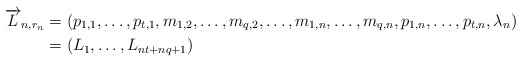
\begin{align*}\overrightarrow{L}_{n,r_n} &=(p_{1,1},\ldots ,p_{t,1}, m_{1,2},\ldots ,m_{q,2},\ldots, m_{1,n},\ldots ,m_{q,n}, p_{1,n},\ldots ,p_{t,n}, \lambda_n) \\ &= (L_1,\ldots,L_{nt+nq+1})\end{align*}